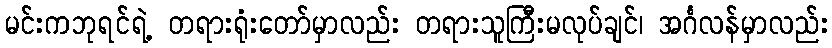
မင်းကဘုရင်ရဲ့ တရားရုံးတော်မှာလည်း တရားသူကြီးမလုပ်ချင်၊ အင်္ဂလန်မှာလည်း